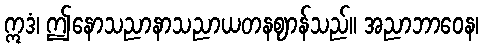
ဣဒံ၊ ဤနောသညာနာသညာယတနဈာန်သည်။ အညာဘာဝေန၊